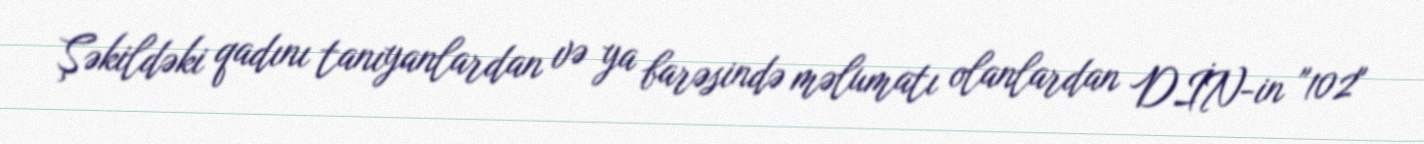
Şəkildəki qadını tanıyanlardan və ya barəsində məlumatı olanlardan DİN-in "102"